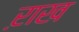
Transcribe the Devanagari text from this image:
ऱाख